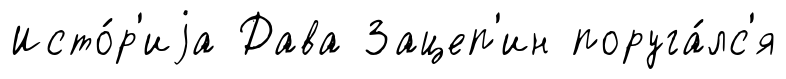
Исто́р'иjа Дава Зацеп'ин поруга́лс'я